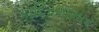
કાદિરગામાર